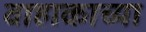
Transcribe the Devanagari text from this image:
वाहाकाच्या